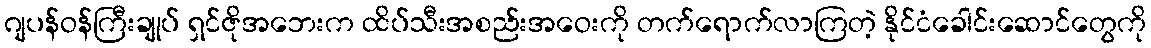
ဂျပန်ဝန်ကြီးချုပ် ရှင်ဇိုအဘေးက ထိပ်သီးအစည်းအဝေးကို တက်ရောက်လာကြတဲ့ နိုင်ငံခေါင်းဆောင်တွေကို